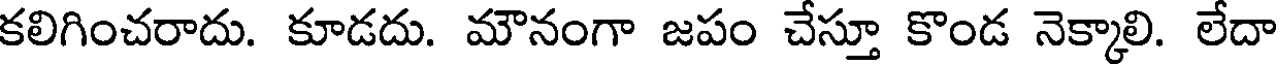
కలిగించరాదు. కూడదు. మౌనంగా జపం చేస్తూ కొండ నెక్కాలి. లేదా